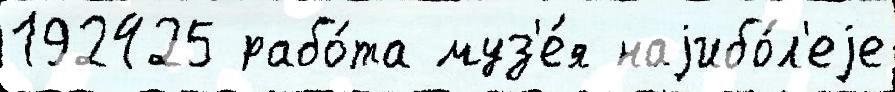
192425 рабо́та муз'е́я наjибо́л'еjе